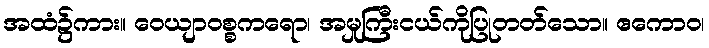
အထံ၌ကား။ ဝေယျာဝစ္စကရော၊ အမှုကြီးငယ်ကိုပြုတတ်သော။ ဧကောဝ၊